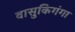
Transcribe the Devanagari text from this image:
वासुकिगंगा